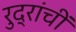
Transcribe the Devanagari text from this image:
रुद्रांचीं